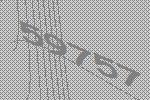
59757